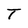
Character: T